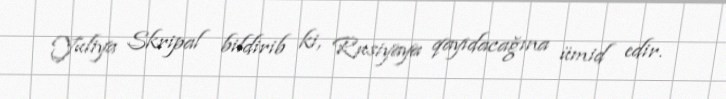
Yuliya Skripal bildirib ki, Rusiyaya qayıdacağına ümid edir.